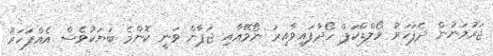
ޖަރުމަނުން ދެފަހަރު ވޯލްޑްކަޕް ހޯދާފައިވާއިރު ނޯވޭއާއި ޖަޕާން ވަނީ ކޮންމެ ބަޔަކުވެސް އެއްފަހަރު